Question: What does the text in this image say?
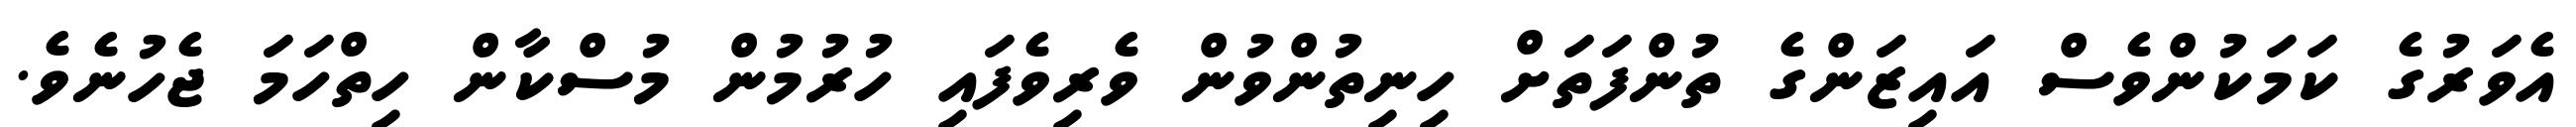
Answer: އެވަރުގެ ކަމަކުންވެސް އައިޒަންގެ ތުންފަތަށް ހިނިތުންވުން ވެރިވެފައި ހުރުމުން މުސްކާން ހިތްހަމަ ޖެހުނެވެ.